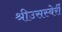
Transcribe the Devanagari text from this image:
श्रीउसस्बेर्री